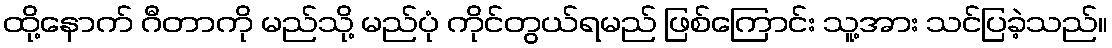
ထို့နောက် ဂီတာကို မည်သို့ မည်ပုံ ကိုင်တွယ်ရမည် ဖြစ်ကြောင်း သူ့အား သင်ပြခဲ့သည်။